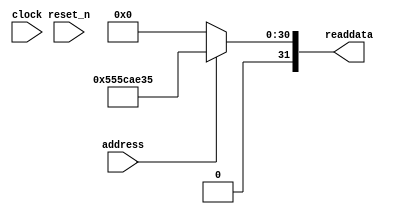
module mi_nios_sysid (
               // inputs:
                address,
                clock,
                reset_n,

               // outputs:
                readdata
             )
;

  output  [ 31: 0] readdata;
  input            address;
  input            clock;
  input            reset_n;

  wire    [ 31: 0] readdata;
  //control_slave, which is an e_avalon_slave
  assign readdata = address ? 1432137269 : 0;

endmodule